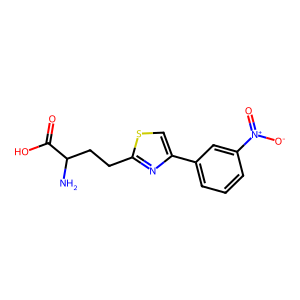
SMILES: NC(CCc1nc(-c2cccc([N+](=O)[O-])c2)cs1)C(=O)O
Inhibits HIV replication: No